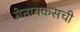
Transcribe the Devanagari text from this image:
ग्रेनायकसची